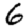
Digit: 6